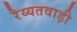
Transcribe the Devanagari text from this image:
रैय्यतवाड़ी